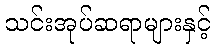
သင်းအုပ်ဆရာများနှင့်